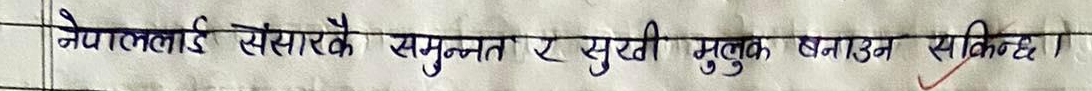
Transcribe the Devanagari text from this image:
नेपाललाई संसारकै समुन्नत र सुखी मुक्त बनाउन सकिन्छ।